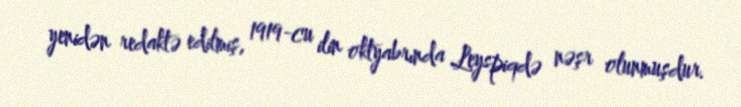
yenidən redaktə edilmiş, 1919-cu ilin oktyabrında Leyspiqdə nəşr olunmuşdur.